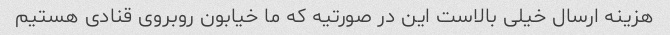
هزینه ارسال خیلی بالاست این در صورتیه که ما خیابون روبروی قنادی هستیم